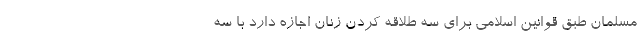
مسلمان طبق قوانین اسلامی برای سه طلاقه کردن زنان اجازه دارد با سه